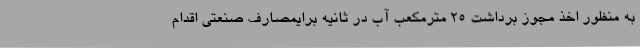
به منظور اخذ مجوز برداشت 25 مترمکعب آب در ثانیه برایمصارف صنعتی اقدام